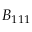
B _ { 1 1 1 }